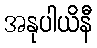
အနုပါယိနီ